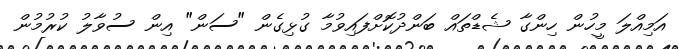
އަމިއްލަ މީހުން ހިންގާ ޝެޑްތައް ބަންދުކޮށްފައިވުމާ ގުޅިގެން "ސަން" އިން ސުވާލު ކުރުމުން